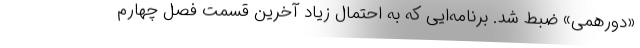
«دورهمی» ضبط شد. برنامه‌ایی که به احتمال زیاد آخرین قسمت فصل چهارم